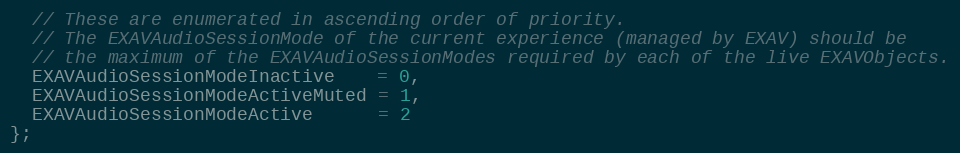
Language: C
  // These are enumerated in ascending order of priority.
  // The EXAVAudioSessionMode of the current experience (managed by EXAV) should be
  // the maximum of the EXAVAudioSessionModes required by each of the live EXAVObjects.
  EXAVAudioSessionModeInactive    = 0,
  EXAVAudioSessionModeActiveMuted = 1,
  EXAVAudioSessionModeActive      = 2
};